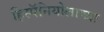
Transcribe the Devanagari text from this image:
हिस्पॅनियोलाच्या